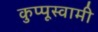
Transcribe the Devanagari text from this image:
कुप्पूस्वामी